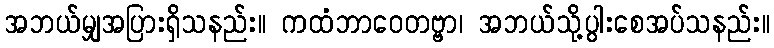
အဘယ်မျှအပြားရှိသနည်း။ ကထံဘာဝေတဗ္ဗာ၊ အဘယ်သို့ပွါးစေအပ်သနည်း။